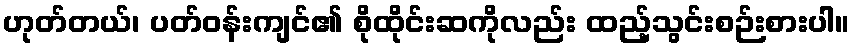
ဟုတ်တယ်၊ ပတ်ဝန်းကျင်၏ စိုထိုင်းဆကိုလည်း ထည့်သွင်းစဉ်းစားပါ။